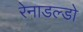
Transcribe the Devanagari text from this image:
रेनाडल्डो